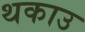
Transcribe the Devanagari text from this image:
थकाउ